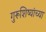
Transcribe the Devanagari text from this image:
गुरूशिष्यांच्या